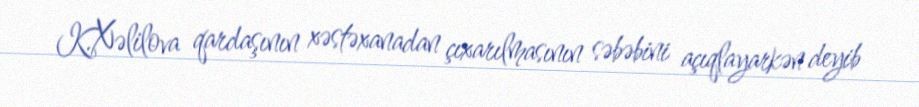
K.Xəlilova qardaşının xəstəxanadan çıxarılmasının səbəbini açıqlayarkən deyib